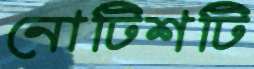
নোটিশটি